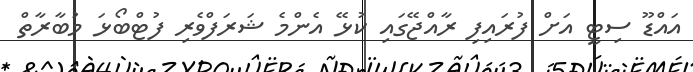
އައްޑޫ ސިޓީ އަށް ފުރައިފި ރާއްޖޭގައި ކުޅޭ އެންމެ ޝަރަފްވެރި ފުޓްބޯޅަ މުބާރާތް